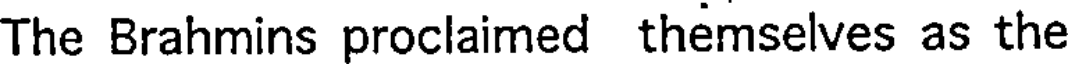
The Brahmins proclaimed themselves as the